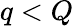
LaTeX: q<Q